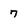
Character: 7